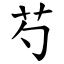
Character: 芍